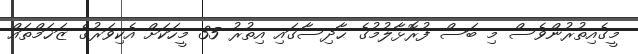
މީގެއިތުރުންވެސް މި ބަސް ފުރޮޅާލުމުގެ ޙާދިސާގައި އިތުރު 35 މީހަކަށް އެކިވަރުގެ ޒަޚަމްތައް